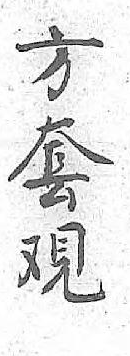
方套覌